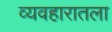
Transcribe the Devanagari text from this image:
व्यवहारातला